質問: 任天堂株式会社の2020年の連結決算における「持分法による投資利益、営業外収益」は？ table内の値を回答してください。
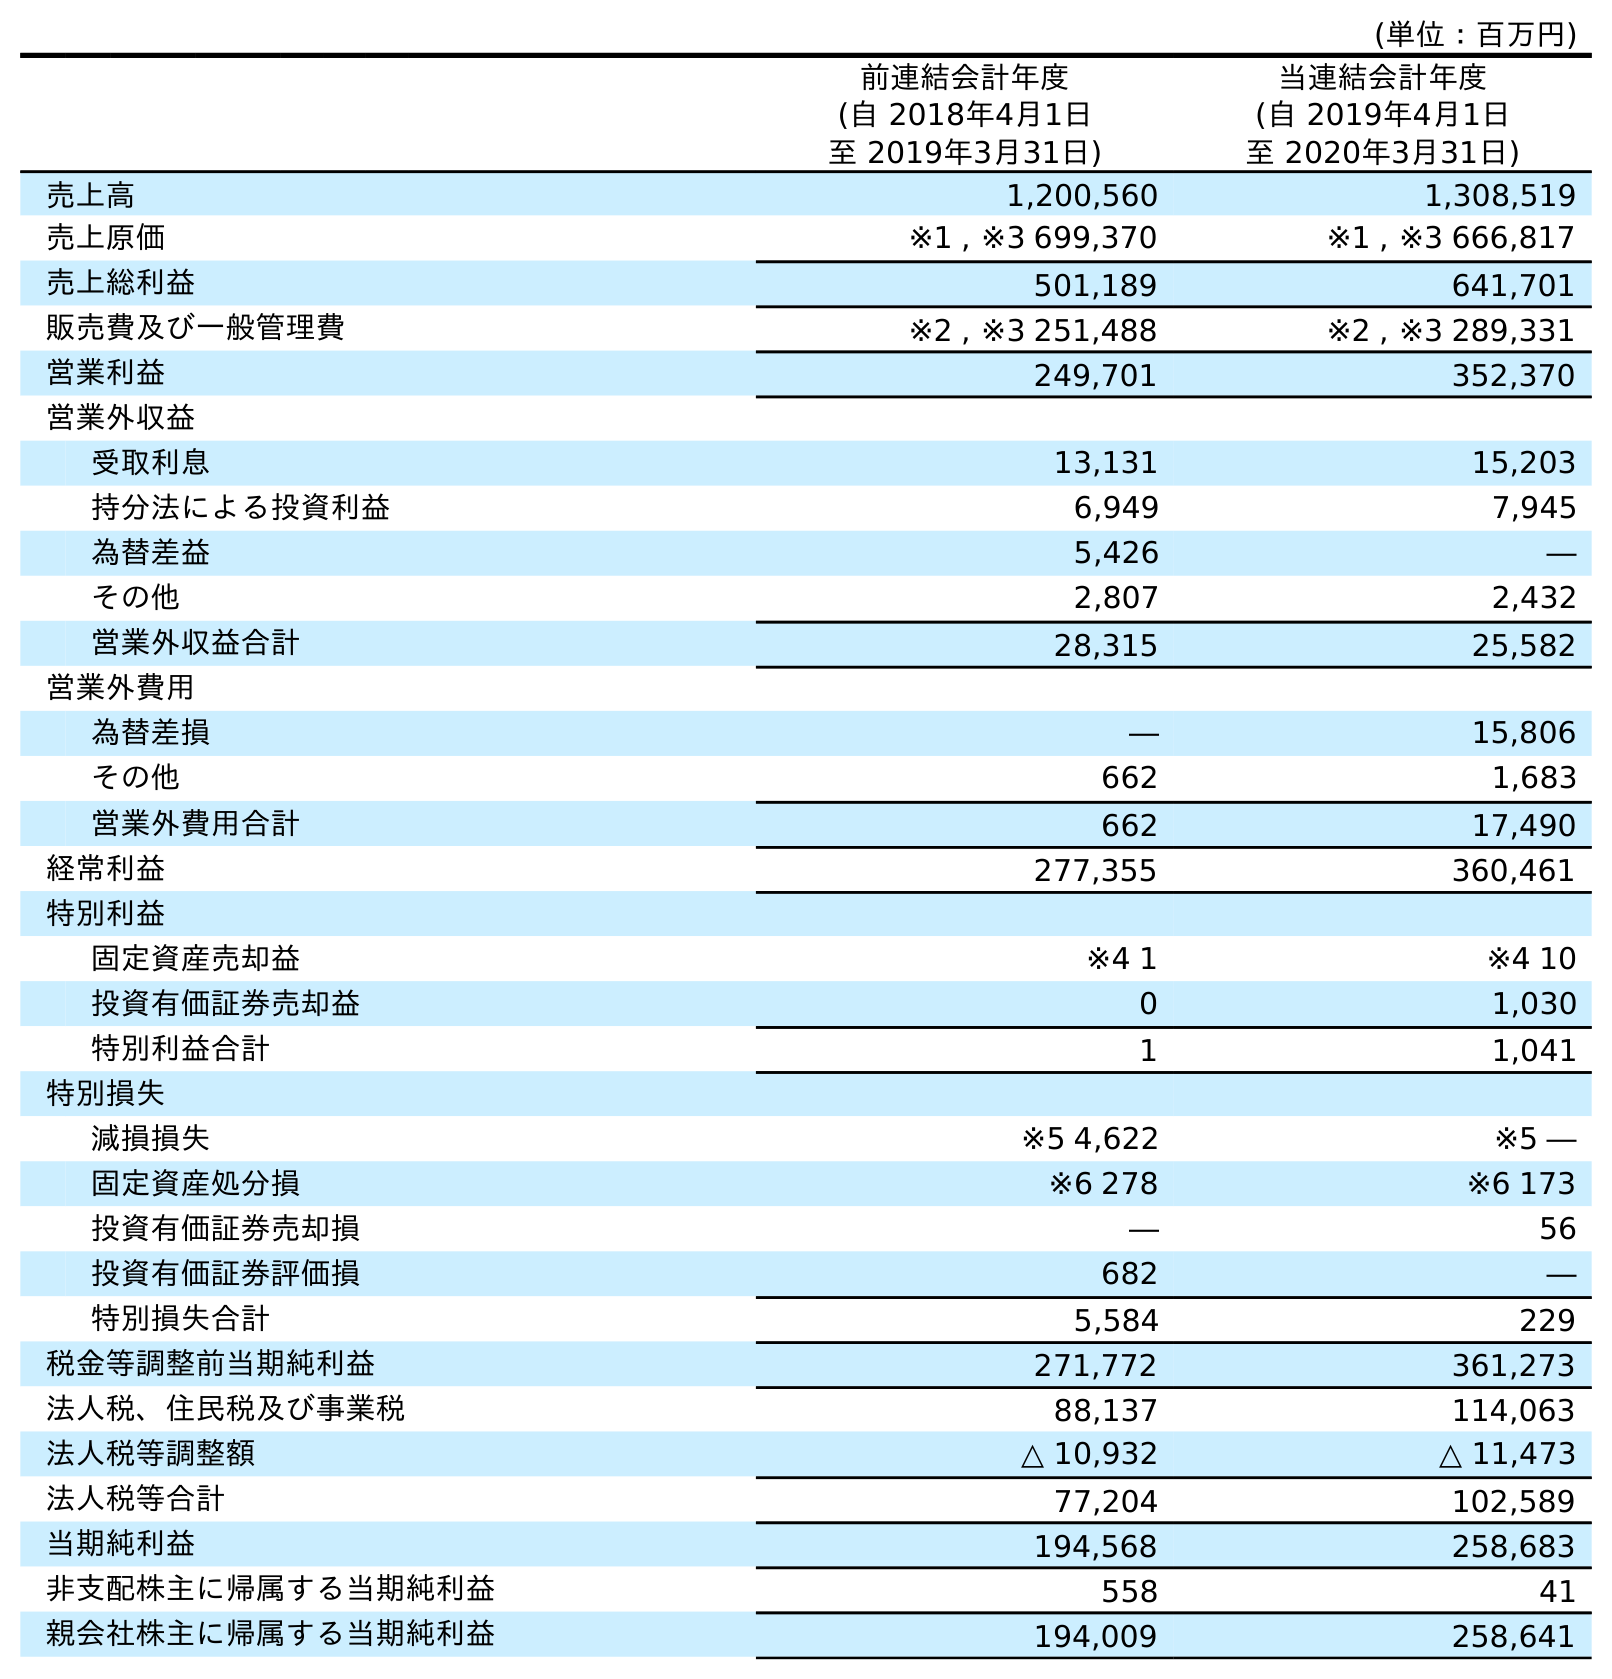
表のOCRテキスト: (単位：百万円) 前連結会計年度 (自 2018年4月1日 至 2019年3月31日) 当連結会計年度 (自 2019年4月1日 至 2020年3月31日) 売上高 1,200,560 1,308,519 売上原価 ※1 , ※3 699,370 ※1 , ※3 666,817 売上総利益 501,189 641,701 販売費及び一般管理費 ※2 , ※3 251,488 ※2 , ※3 289,331 営業利益 249,701 352,370 営業外収益 受取利息 13,131 15,203 持分法による投資利益 6,949 7,945 為替差益 5,426 ― その他 2,807 2,432 営業外収益合計 28,315 25,582 営業外費用 為替差損 ― 15,806 その他 662 1,683 営業外費用合計 662 17,490 経常利益 277,355 360,461 特別利益 固定資産売却益 ※4 1 ※4 10 投資有価証券売却益 0 1,030 特別利益合計 1 1,041 特別損失 減損損失 ※5 4,622 ※5 ― 固定資産処分損 ※6 278 ※6 173 投資有価証券売却損 ― 56 投資有価証券評価損 682 ― 特別損失合計 5,584 229 税金等調整前当期純利益 271,772 361,273 法人税、住民税及び事業税 88,137 114,063 法人税等調整額 △ 10,932 △ 11,473 法人税等合計 77,204 102,589 当期純利益 194,568 258,683 非支配株主に帰属する当期純利益 558 41 親会社株主に帰属する当期純利益 194,009 258,641
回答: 7,945